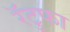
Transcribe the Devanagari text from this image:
रॅटुफा